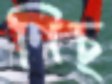
ণিচ্‌